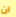
ان